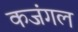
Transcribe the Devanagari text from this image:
कजंगल